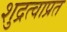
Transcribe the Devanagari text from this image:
शुद्रत्वाप्रत